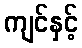
ကျင်နှင့်